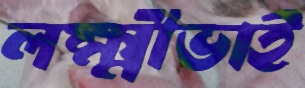
লক্ষ্মীভাই